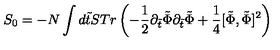
S _ { 0 } = - N \int d \tilde { t } S T r \left( - \frac { 1 } { 2 } \partial _ { \tilde { t } } \tilde { \Phi } \partial _ { \tilde { t } } \tilde { \Phi } + \frac { 1 } { 4 } [ \tilde { \Phi } , \tilde { \Phi } ] ^ { 2 } \right)